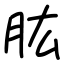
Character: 肱